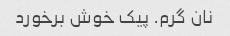
نان گرم. پیک خوش برخورد